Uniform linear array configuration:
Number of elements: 24
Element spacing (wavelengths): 0.25
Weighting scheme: blackman
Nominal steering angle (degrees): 30
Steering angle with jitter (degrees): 28.317
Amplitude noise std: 0.05
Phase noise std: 0.05

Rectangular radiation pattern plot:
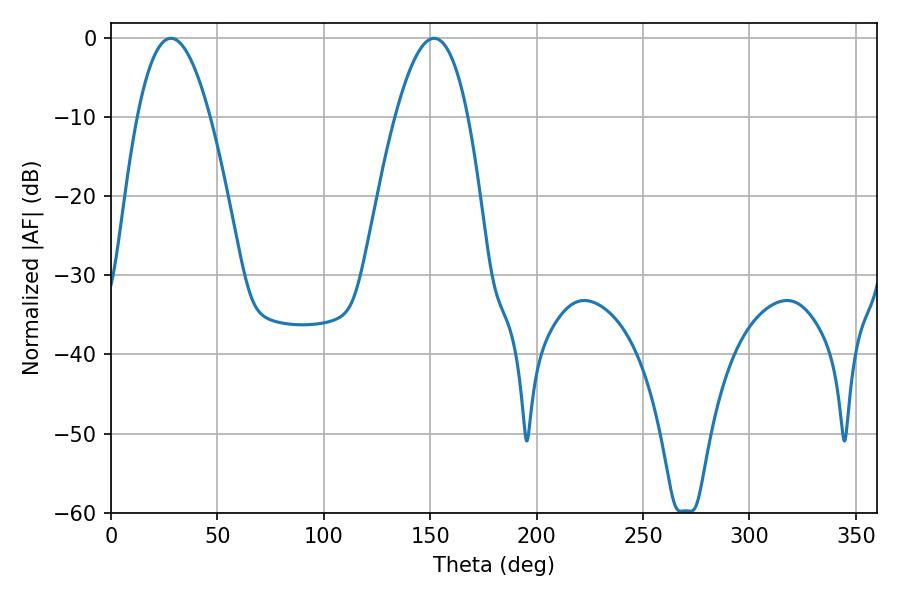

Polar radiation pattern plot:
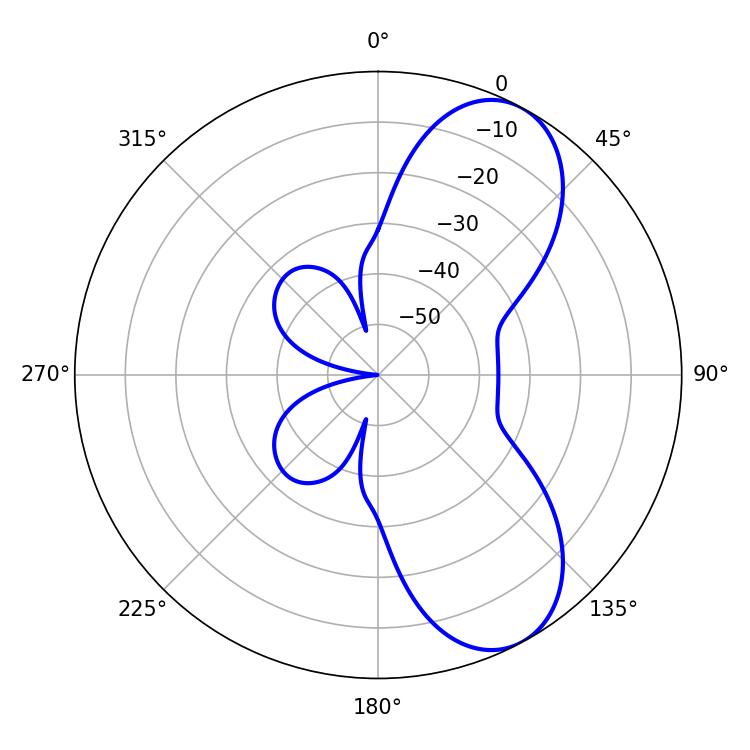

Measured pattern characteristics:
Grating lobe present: FALSE
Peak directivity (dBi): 7.733
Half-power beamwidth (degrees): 18.72
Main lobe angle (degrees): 28.08